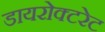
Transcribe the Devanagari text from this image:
डायरोक्टरेट